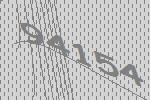
94154